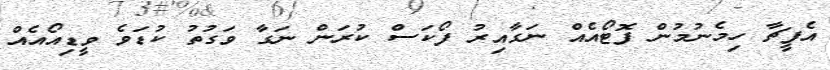
އެފީޗާ ހިމެނުމުން ފޮޓޯއެއް ނަގާއިރު ފޯކަސް ކުރަން ނަގާ ވަގުތު ކުޑަވެ ވީޑިއޯއެއް